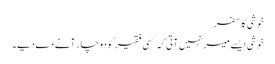
خوشی کا سفر
خوشی ایسے میسر نہیں آتی کہ کسی فقیر کو دو چار آنے دے دیے ۔